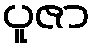
ပူဇာ